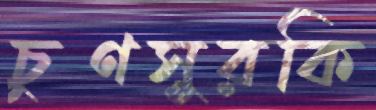
চুণসুরকি